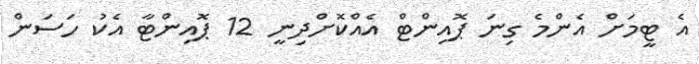
އެ ޓީމަށް އެންމެ ގިނަ ޕޮއިންޓް އެއްކޮށްދިނީ 12 ޕޮއިންޓާ އެކު ހަސަން